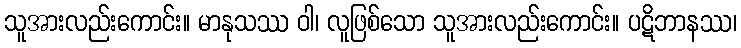
သူအားလည်းကောင်း။ မာနုသဿ ဝါ၊ လူဖြစ်သော သူအားလည်းကောင်း။ ပဋိဘာနဿ၊